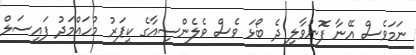
ނަމަވެސް އޭނާ ފޮނުވާލި ދެ ބޯޅަ ވެސް ވެލެންސިއާގެ ކީޕަރު މުހައްމަދު ފައިސަލް